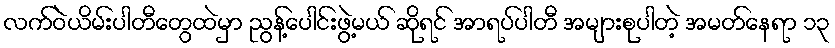
လက်ဝဲယိမ်းပါတီတွေထဲမှာ ညွန့်ပေါင်းဖွဲ့မယ် ဆိုရင် အာရပ်ပါတီ အများစုပါတဲ့ အမတ်နေရာ ၁၃